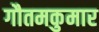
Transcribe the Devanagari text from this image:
गौतमकुमार